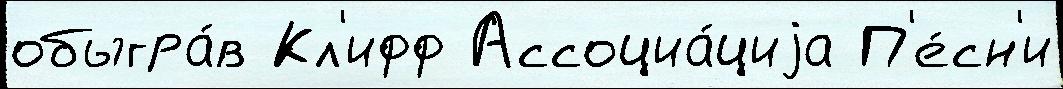
обыгра́в Кл'ифф Ассоциа́циjа П'е́сн'и